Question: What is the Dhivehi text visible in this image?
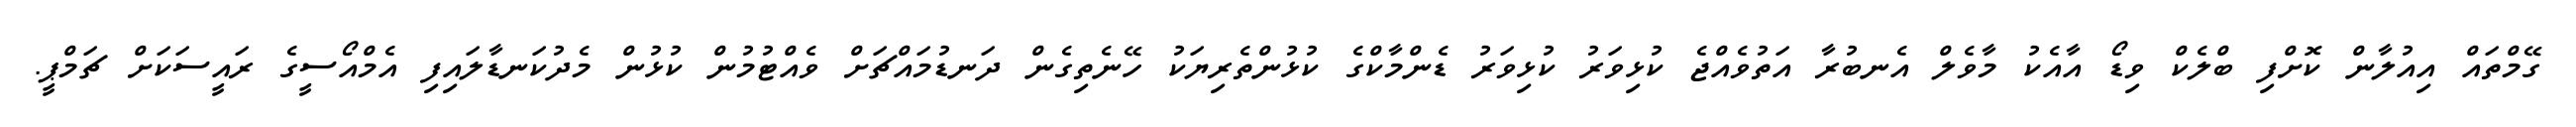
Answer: ގޭމްތައް އިއުލާން ކޮށްފި ބްލެކް ވިޑޯ އާއެކު މާވެލް އެނބުރާ އަތުވެއްޖެ ކުޅިވަރު ކުޅިވަރު ޑެންމާކްގެ ކުޅުންތެރިޔަކު ހޭނެތިގެން ދަނޑުމައްޗަށް ވެއްޓުމުން ކުޅުން މެދުކަނޑާލައިފި އެމްއޯސީގެ ރައީސަކަށް ޗަމްޕީ.